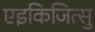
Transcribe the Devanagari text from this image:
एइकिजित्सु